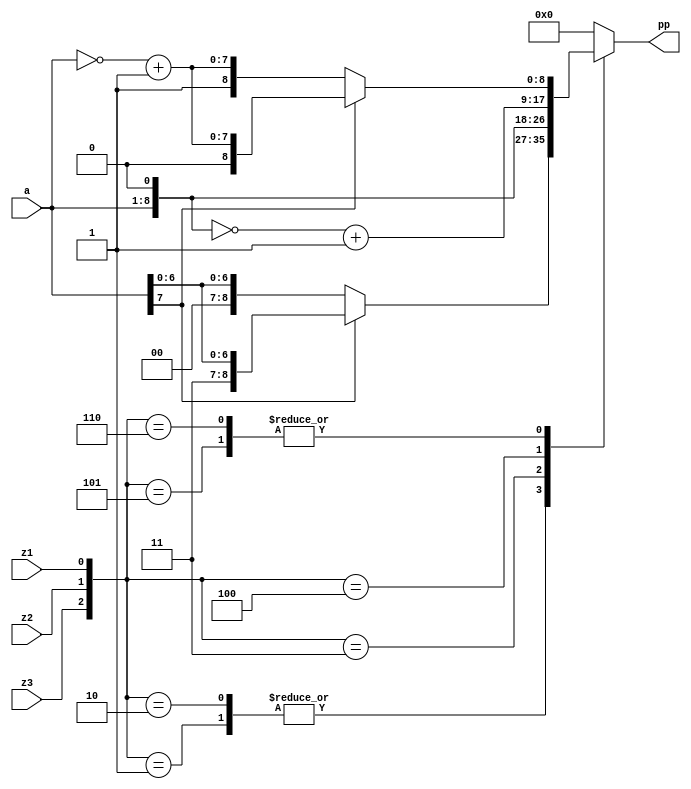
`timescale 1ns / 1ps
module booth_dec#(parameter DATA_WIDTH_2 = 8)(
    input z1,z2,z3,
	input [DATA_WIDTH_2-1:0]a, 
	output [DATA_WIDTH_2:0] pp
); 
		
		
	reg  [DATA_WIDTH_2:0]  temp_x2;
	
	always @ (*) begin
		case ({z3,z2,z1})
		3'd1 : temp_x2 <= (a[DATA_WIDTH_2-1]) ? {1'b1,a} : {1'b0,a};
		3'd2 : temp_x2 <= (a[DATA_WIDTH_2-1]) ? {1'b1,a} : {1'b0,a};
		3'd3 : temp_x2 <= a<<1;
		3'd4: temp_x2 <= ~(a<<1)+1'b1;
		3'd5 : temp_x2 <= (a[DATA_WIDTH_2-1]) ? {1'b0,(~a+1'b1)} : {1'b1,(~a+1'b1)};
		3'd6 : temp_x2 <= (a[DATA_WIDTH_2-1]) ? {1'b0,(~a+1'b1)} : {1'b1,(~a+1'b1)};
		default : temp_x2 <= 0;
		endcase
		end

		assign pp = temp_x2;
		endmodule